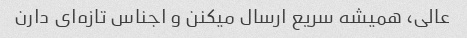
عالی، همیشه سریع ارسال میکنن و اجناس تازه‌ای دارن